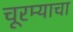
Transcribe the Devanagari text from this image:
चूरम्याचा